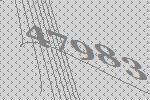
47983